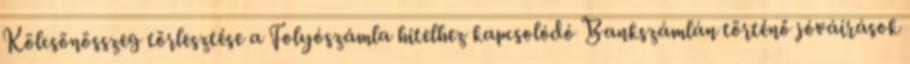
Kölcsönösszeg törlesztése a Folyószámla hitelhez kapcsolódó Bankszámlán történő jóváírások